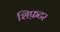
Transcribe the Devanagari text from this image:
शिफ़टर